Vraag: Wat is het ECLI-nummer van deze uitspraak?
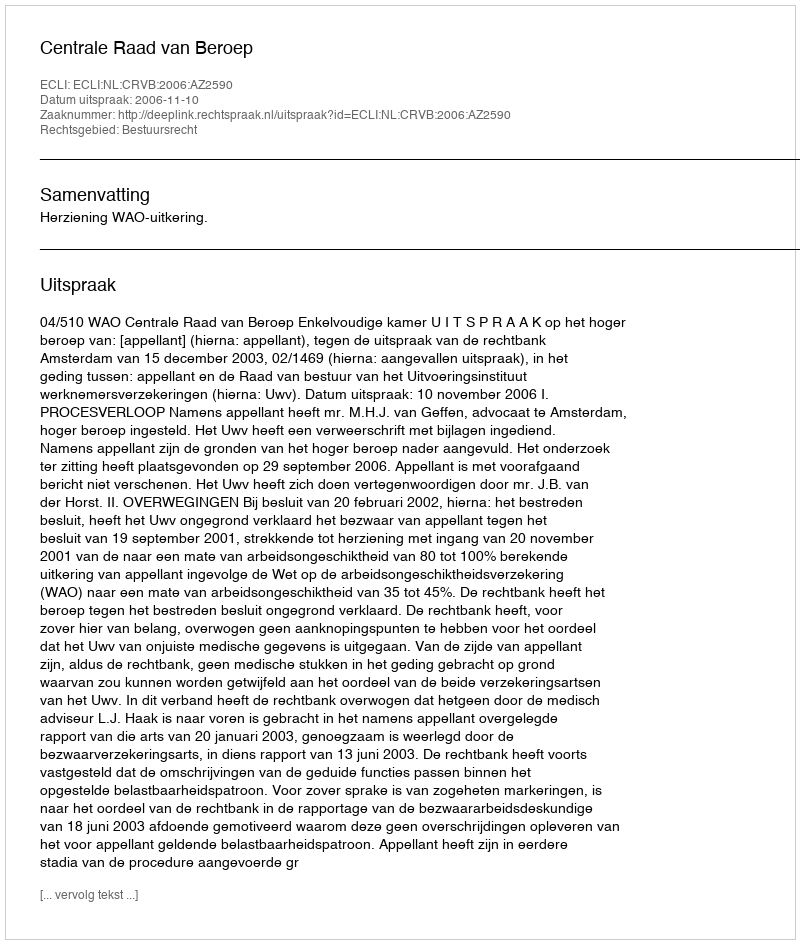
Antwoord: ECLI:NL:CRVB:2006:AZ2590